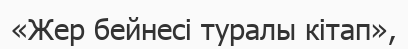
«Жер бейнесі туралы кітап»,